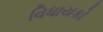
વિધાયકો